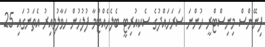
ފިނޭންސް މިނިސްޓްރީ ހުންނަ ސަރަހައްދުގެ ސެކިއުރިޓީ ބެލެހެއްޓުމާ ފުލުހުން ހަވާލުވިއިރު އެތަނުގައި 25